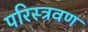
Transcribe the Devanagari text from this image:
परिस्त्रवण